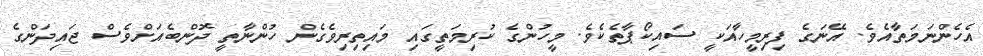
އެހެންނަމަތާއެވެ. އޭނަގެ ފިރިމީހާއަކީ ސައިކޯޕާތެކެވެ. މީހުންގެ ކުރިމަތީގައި މައިތިރިވެގެން ހުންނާތީ ދޮންބެއަށްވެސް ޖައިދަންގެ